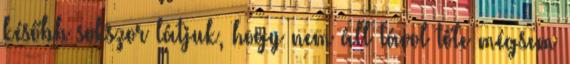
később sokszor látjuk, hogy nem áll távol tőle mégsem